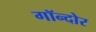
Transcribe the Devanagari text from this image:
गॉन्दोर